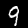
Digit: 9